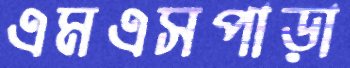
এমএসপাড়া